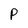
Character: p